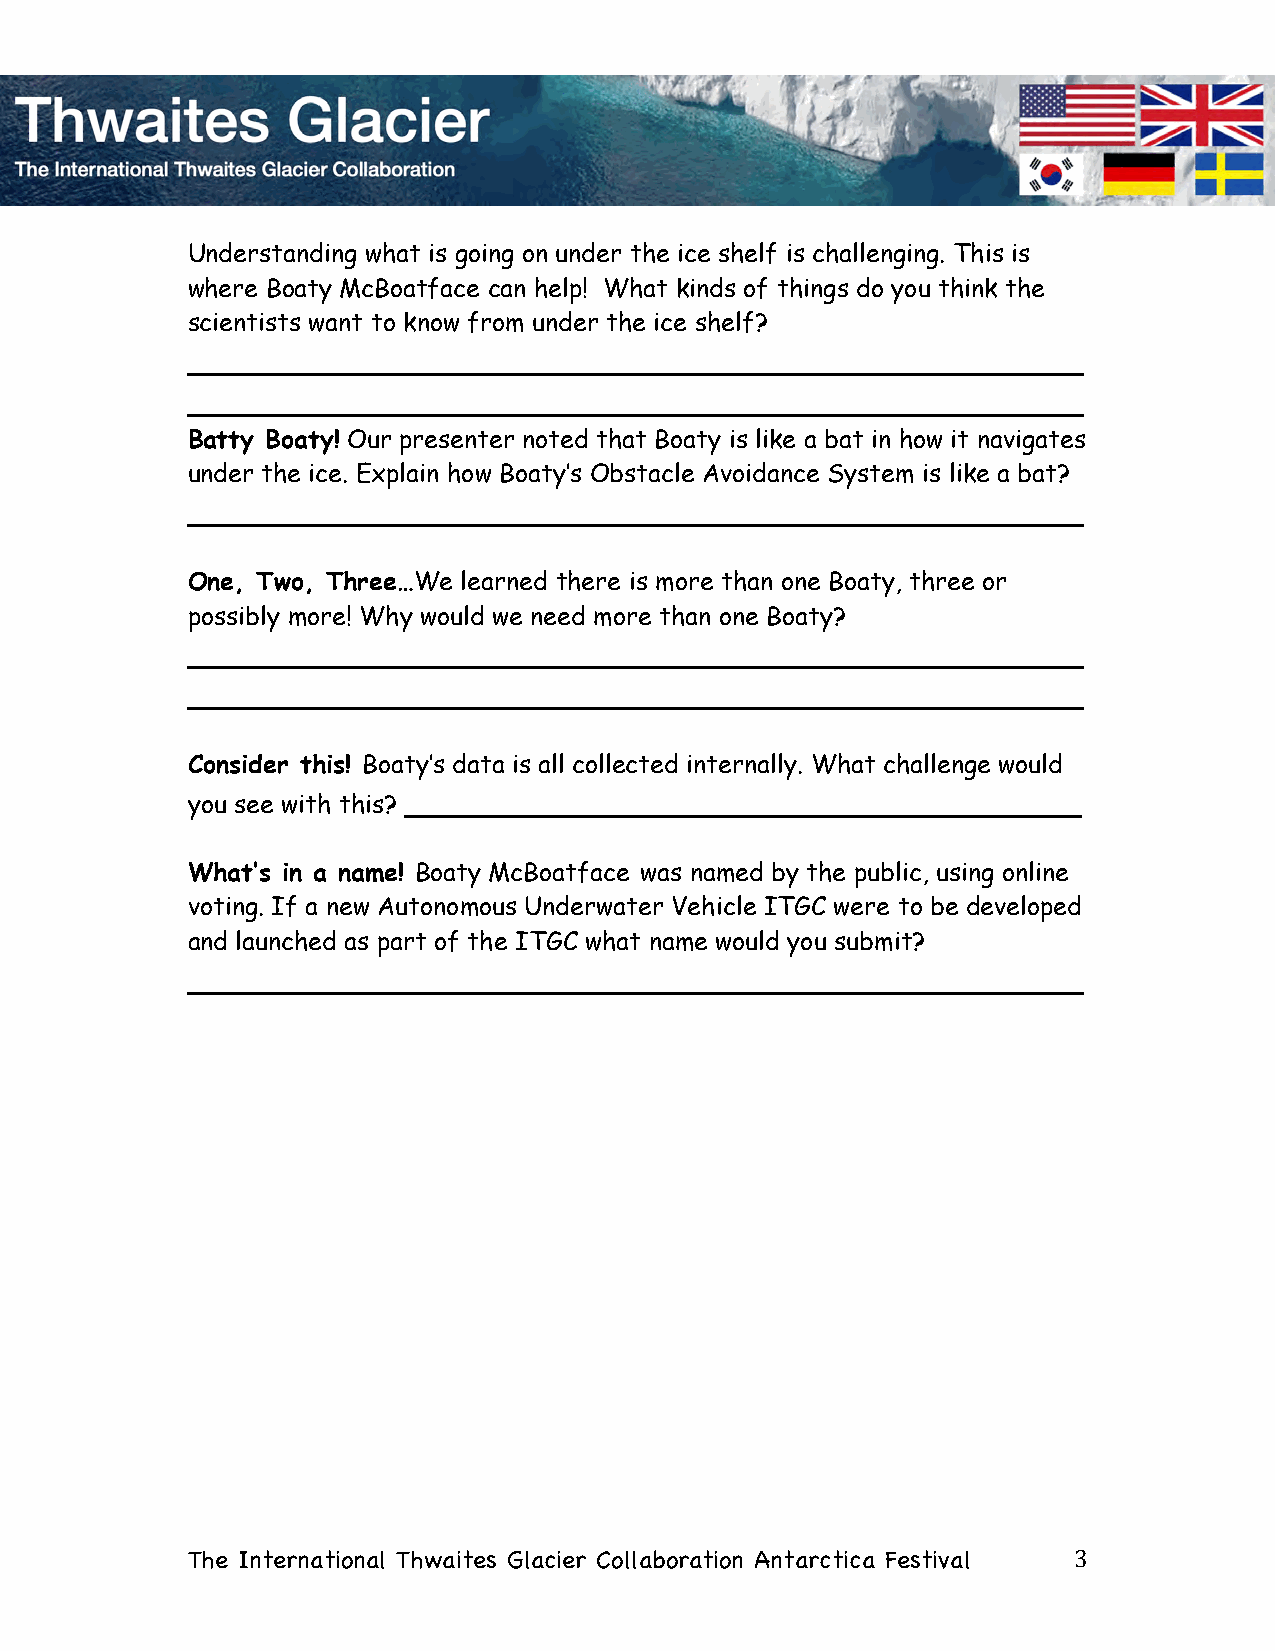
Understanding what is going on under the ice shelf is challenging. This is
 where Boaty McBoatface can help! What kinds of things do you think the
 scientists want to know from under the ice shelf?
 _________________________________________________
 _________________________________________________
 Batty Boaty! Our presenter noted that Boaty is like a bat in how it navigates
 under the ice. Explain how Boaty’s Obstacle Avoidance System is like a bat?
 _________________________________________________
 One, Two, Three…We learned there is more than one Boaty, three or
 possibly more! Why would we need more than one Boaty?
 _________________________________________________
 _________________________________________________
 Consider this! Boaty’s data is all collected internally. What challenge would
 you see with this? _____________________________________
 What’s in a name! Boaty McBoatface was named by the public, using online
 voting. If a new Autonomous Underwater Vehicle ITGC were to be developed
 and launched as part of the ITGC what name would you submit?
 _________________________________________________
 The International Thwaites Glacier Collaboration Antarctica Festival 3